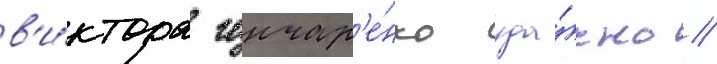
в'и́ктора гончар'е́нко уда́чно //